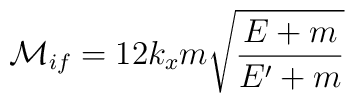
{\cal{M}}_{if}=12k_x m \sqrt{\frac{E+m}{E'+m}}